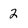
Character: 2